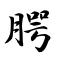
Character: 腭